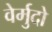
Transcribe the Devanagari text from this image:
वेर्मुदो